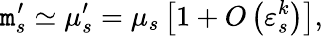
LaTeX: \mathtt{m}_{s}^{\prime}\simeq\mu_{s}^{\prime}=\mu_{s}\left[1+O\left(\varepsilon_{s}^{k}\right)\right],